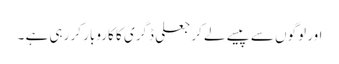
اور لوگوں سے پیسے لے کر جعلی ڈگری کا کاروبار کر رہی ہے ۔